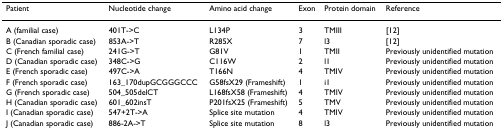
| Patient | Nucleotide change | Amino acid change | Exon | Protein domain | Reference |
 | --- | --- | --- | --- | --- | --- |
 | A (familial case) | 401T->C | L134P | 3 | TMIII | [12] |
 | B (Canadian sporadic case) | 853A->T | R285X | 7 | l3 | [12] |
 | C (French familial case) | 241G->T | G81V | 1 | TMII | Previously unidentified mutation |
 | D (Canadian sporadic case) | 348C->G | C116W | 2 | l1 | Previously unidentified mutation |
 | E (French sporadic case) | 497C->A | T166N | 4 | TMIV | Previously unidentified mutation |
 | F (French sporadic case) | 163_170dupGCGGGCCC | G58fsX29 (Frameshift) | 1 | i1 | Previously unidentified mutation |
 | G (French sporadic case) | 504_505delCT | L168fsX58 (Frameshift) | 4 | TMIV | Previously unidentified mutation |
 | H (Canadian sporadic case) | 601_602insT | P201fsX25 (Frameshift) | 5 | TMV | Previously unidentified mutation |
 | I (Canadian sporadic case) | 547+2T->A | Splice site mutation | 4 | TMIV | Previously unidentified mutation |
 | J (Canadian sporadic case) | 886-2A->T | Splice site mutation | 8 | l3 | Previously unidentified mutation |